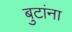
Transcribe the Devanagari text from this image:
बुटांना